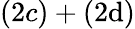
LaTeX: (2c)+(2\mathrm{d})